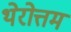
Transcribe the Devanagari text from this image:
थेरोत्तम